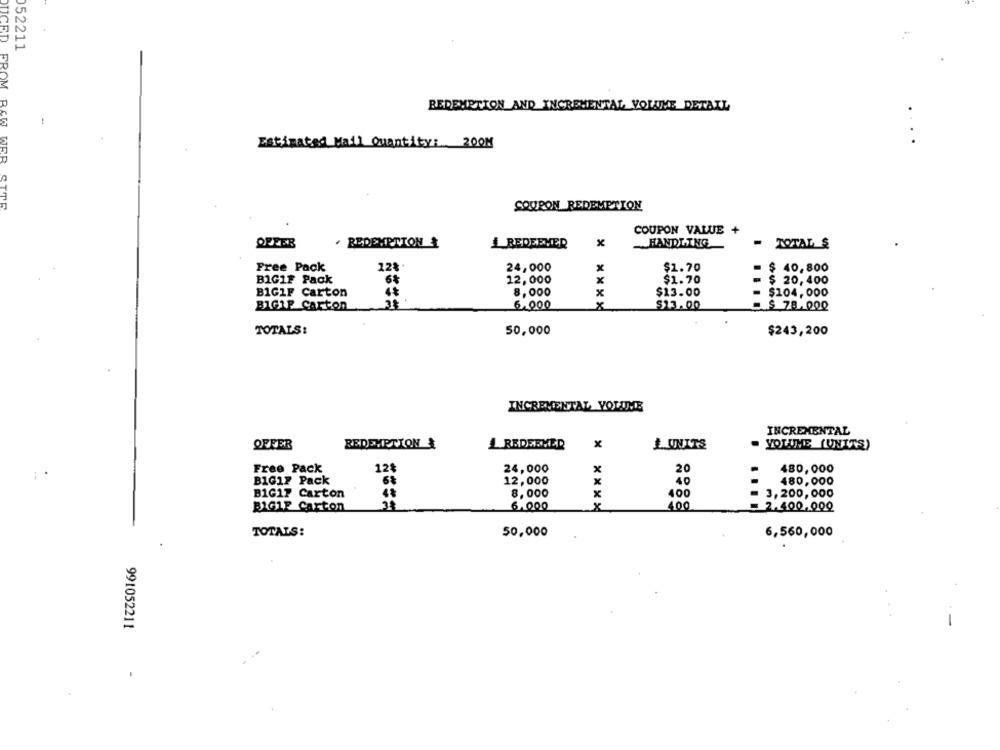
052211
REDENETION AND INCREMENTAL VOLUME DETALL
Estimated Mail Quantity: 2008
DUCED FROM RAW WEB SITE
COUPON REDEMETION
COUPON VALUE +
OFFER
· REDEMPTION
1_ REDEEVER
x
HANDLING
- TOTAL &
Free Pack
12%
24,000
$1.70
$ 40,800
BIG1F Pack
68
12,000
x
$1.70
= $ 20, 400
B1GIF Carton
8,000
$13.00
$104,000
BIG1P Carton
6.000
* ** XX
$13.00
$ 78.000
50,000
TOTALS:
$243,200
INCREMENTAL VOLUME
INCREMENTAL
OFFER
REDEMPTION &
L REDERVER
LUNITS
VOLUME (UNITS)
Free Pack
128
24,000
x
20
480,000
BIG17 Pack
12,000
x
40
480,000
B1G17 Carton
8,000
x
400
3,200, 000
BIG1F Carton
6.000
400
= 2.400.000
TOTALS:
50,000
6,560,000
991052211